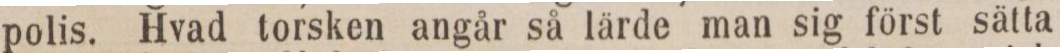
polis. Hvad torsken angår så lärde man sig först sätta